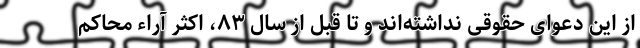
از این دعوای حقوقی نداشته‌اند و تا قبل از سال ۸۳، اکثر آراء محاکم